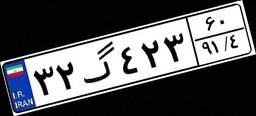
۴۱گ۵۳۳۶۸